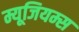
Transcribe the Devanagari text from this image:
म्यूजियम्स